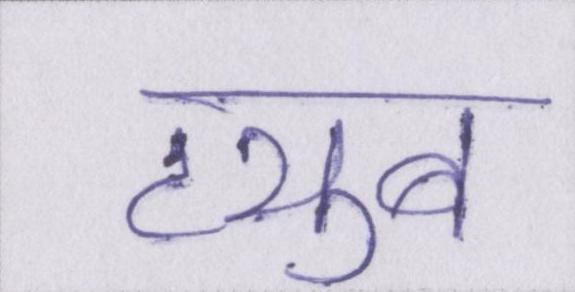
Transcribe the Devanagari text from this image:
ट्यूब